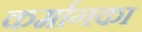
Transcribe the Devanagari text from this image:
कर्मागका